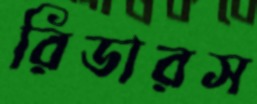
রিডারস